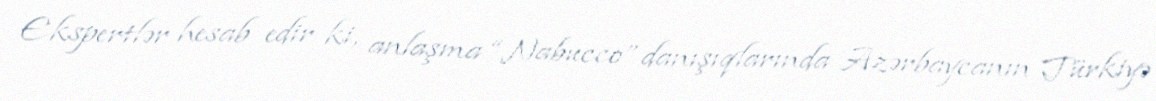
Ekspertlər hesab edir ki, anlaşma “Nabucco” danışıqlarında Azərbaycanın Türkiyə